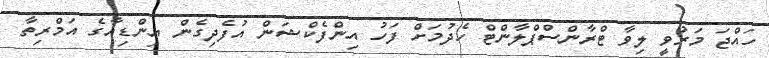
ހައްޖަ މަރުވީ ލިވާ ޓްރާންސްޕްލާންޓް ހެދުމަށް ފަހު އިންފެކްޝަން އުފެދިގެން އިންޑިއާގެ އަމްރިތާ